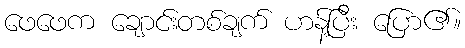
ဖေဖေက ချောင်းတစ်ချက် ဟန့်ပြီး ပြော၏။